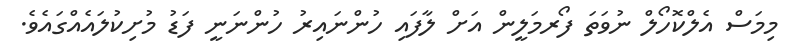
މިމަސް އެލްކޮހޯލް ނުވަތަ ފޯރމަލީން އަށް ލާފައި ހުންނައިރު ހުންނަނީ ފަޑު މުށިކުލައެއްގައެވެ.